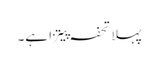
پہلا تحفہ پیتزا ہے۔